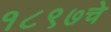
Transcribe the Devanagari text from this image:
१८९७चे